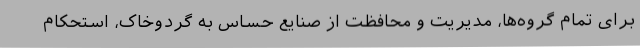
برای تمام گروه‌ها، مدیریت و محافظت از صنایع حساس به گردوخاک، استحکام